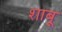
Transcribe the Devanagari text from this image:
शाबू